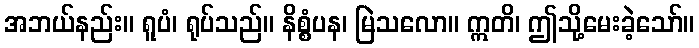
အဘယ်နည်း။ ရူပံ၊ ရုပ်သည်။ နိစ္စံပန၊ မြဲသလော။ ဣတိ၊ ဤသို့မေးခဲ့သော်။